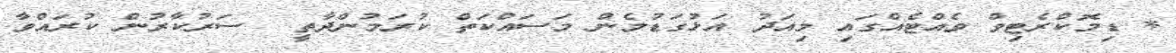
* ޑިމޮކްރެޓިވް ވެއްޓެއްގައި މިއަދު އަޅުގަޑުމެން މަސައްކަތް ކުރަމުންދާތީ  ސަރުކާރުން ކުރައްވާ